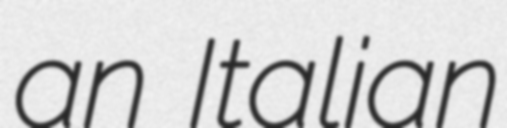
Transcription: an Italian